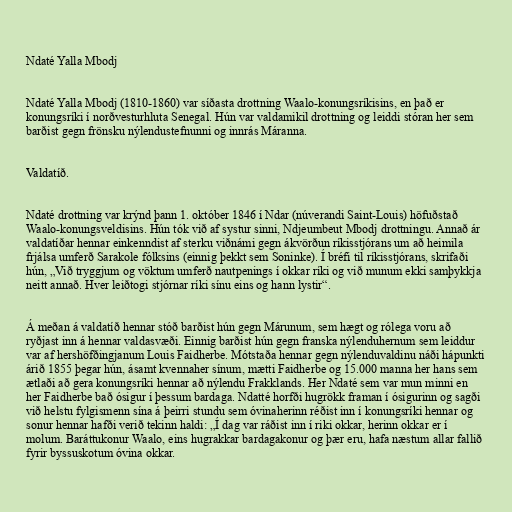
Ndaté Yalla Mbodj

Ndaté Yalla Mbodj (1810-1860) var síðasta drottning Waalo-konungsríkisins, en það er
konungsríki í norðvesturhluta Senegal. Hún var valdamikil drottning og leiddi stóran her sem
barðist gegn frönsku nýlendustefnunni og innrás Máranna.

Valdatíð.

Ndaté drottning var krýnd þann 1. október 1846 í Ndar (núverandi Saint-Louis) höfuðstað
Waalo-konungsveldisins. Hún tók við af systur sinni, Ndjeumbeut Mbodj drottningu. Annað ár
valdatíðar hennar einkenndist af sterku viðnámi gegn ákvörðun ríkisstjórans um að heimila
frjálsa umferð Sarakole fólksins (einnig þekkt sem Soninke). Í bréfi til ríkisstjórans, skrifaði
hún, „Við tryggjum og vöktum umferð nautpenings í okkar ríki og við munum ekki samþykkja
neitt annað. Hver leiðtogi stjórnar ríki sínu eins og hann lystir“.

Á meðan á valdatíð hennar stóð barðist hún gegn Márunum, sem hægt og rólega voru að
ryðjast inn á hennar valdasvæði. Einnig barðist hún gegn franska nýlenduhernum sem leiddur
var af hershöfðingjanum Louis Faidherbe. Mótstaða hennar gegn nýlenduvaldinu náði hápunkti
árið 1855 þegar hún, ásamt kvennaher sínum, mætti Faidherbe og 15.000 manna her hans sem
ætlaði að gera konungsríki hennar að nýlendu Frakklands. Her Ndaté sem var mun minni en
her Faidherbe bað ósigur í þessum bardaga. Ndatté horfði hugrökk framan í ósigurinn og sagði
við helstu fylgismenn sína á þeirri stundu sem óvinaherinn réðist inn í konungsríki hennar og
sonur hennar hafði verið tekinn haldi: „Í dag var ráðist inn í riki okkar, herinn okkar er í
molum. Baráttukonur Waalo, eins hugrakkar bardagakonur og þær eru, hafa næstum allar fallið
fyrir byssuskotum óvina okkar.